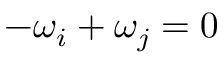
- \omega _ { i } + \omega _ { j } = 0